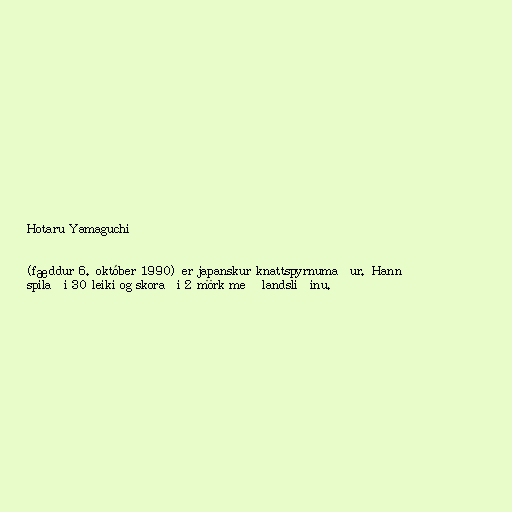
Hotaru Yamaguchi

(fæddur 6. október 1990) er japanskur knattspyrnumaður. Hann
spilaði 30 leiki og skoraði 2 mörk með landsliðinu.